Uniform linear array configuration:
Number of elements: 48
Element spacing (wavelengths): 0.25
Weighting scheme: kaiser
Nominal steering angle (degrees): -15
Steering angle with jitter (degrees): -16.245
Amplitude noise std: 0.05
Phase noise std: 0.05

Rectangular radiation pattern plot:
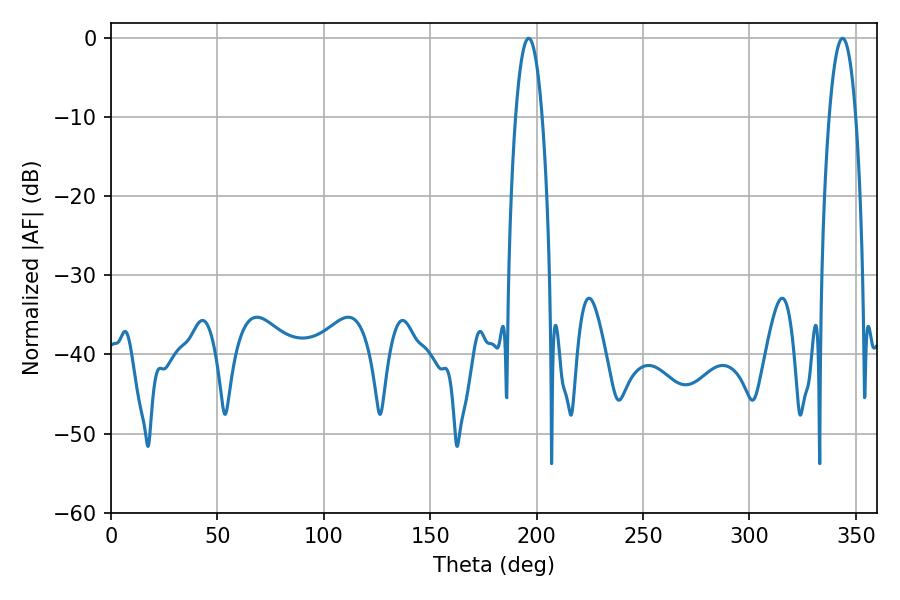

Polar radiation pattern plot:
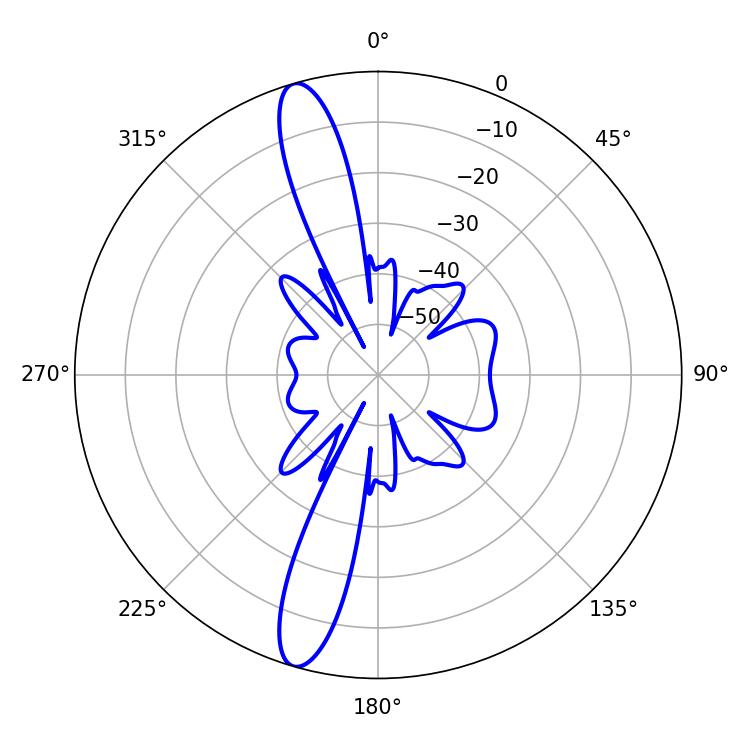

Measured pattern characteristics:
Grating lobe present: FALSE
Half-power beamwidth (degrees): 7.02
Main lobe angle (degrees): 196.2